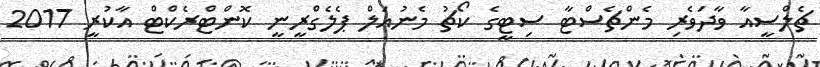
ޗެލްސީއާ ވާދަވެރި މެންޗެސްޓާ ސިޓީގެ ކޯޗު މެނުއަލް ޕެލެގްރީނީ ކޮންޓްރެކްޓް އާކުރީ 2017